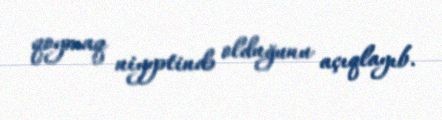
qoymaq niyyətində olduğunu açıqlayıb.